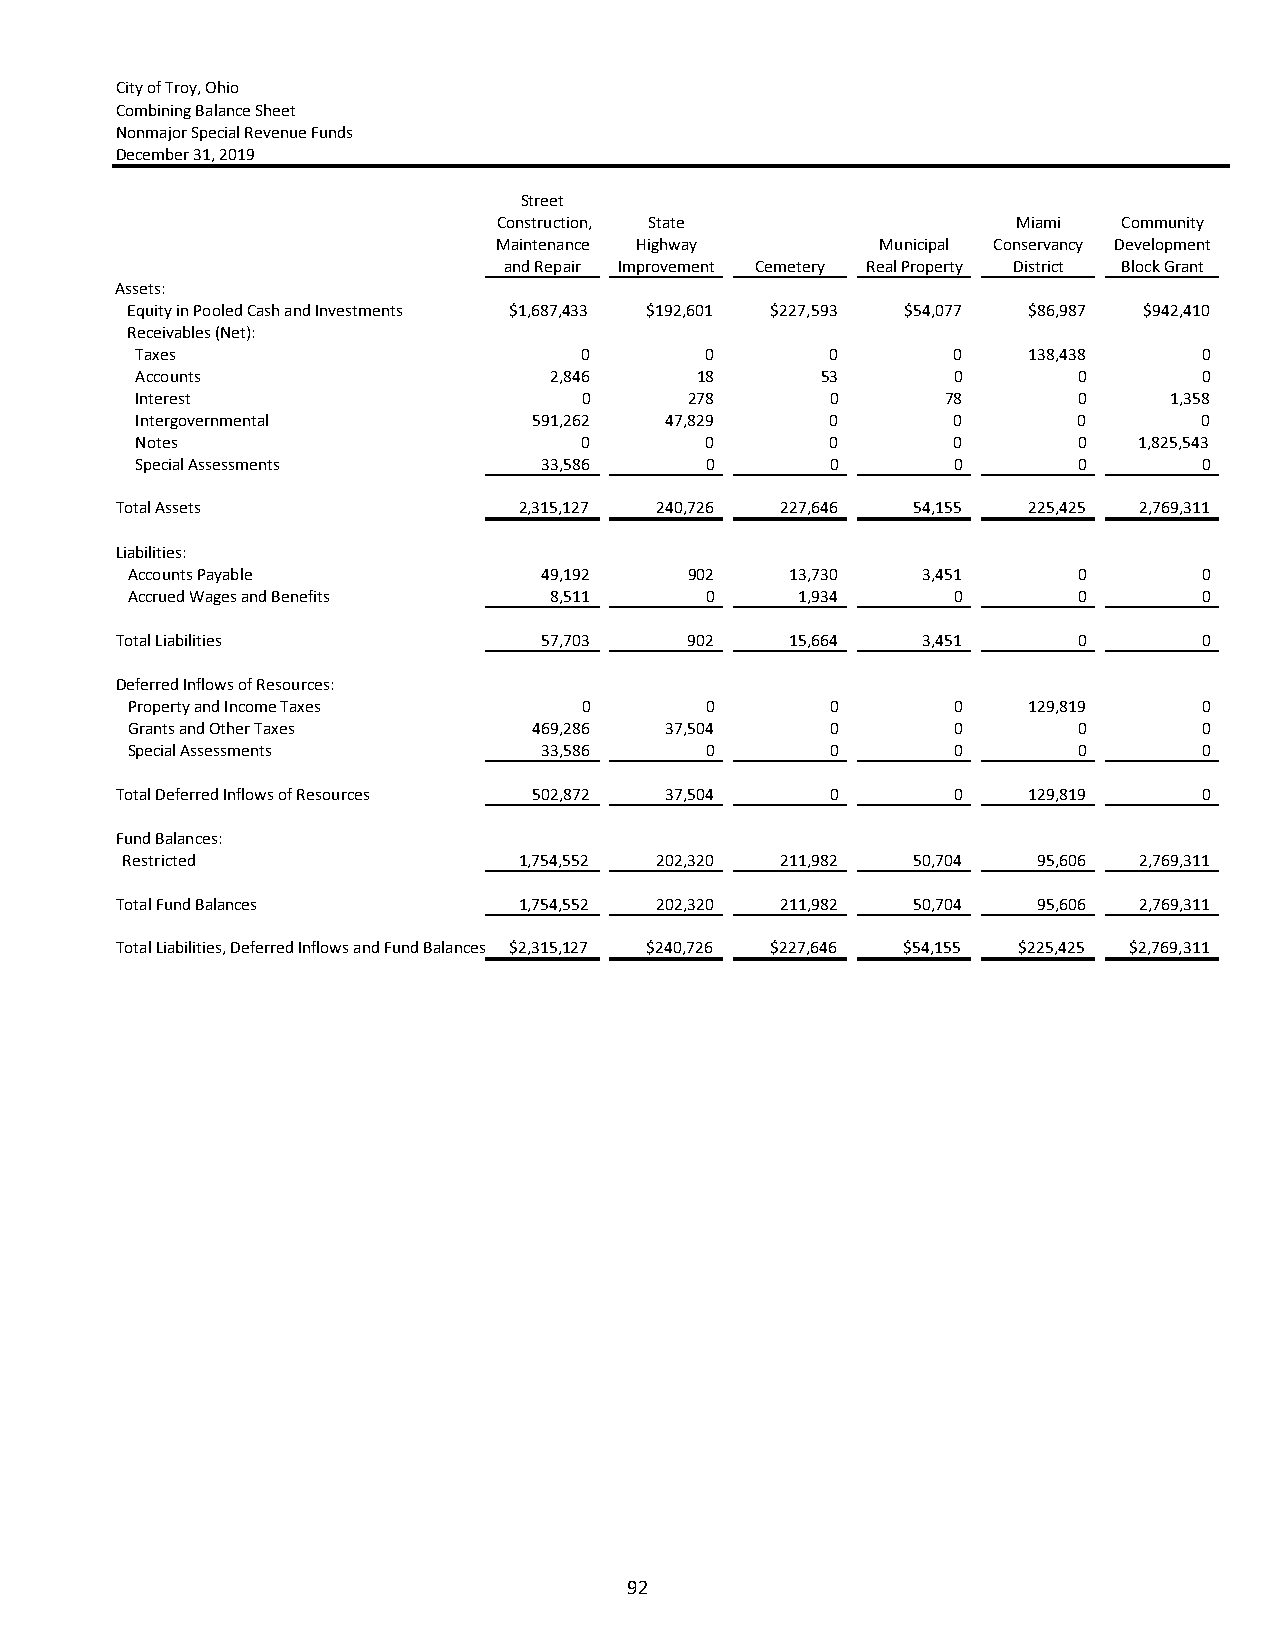
City of Troy, Ohio
 Combining Balance Sheet
 Nonmajor Special Revenue Funds
 December 31, 2019
 Street
 Construction, State               Miami  Community
 Maintenance Highway      Municipal Conservancy Development
 and Repair Improvement Cemetery Real Property District Block Grant
 Assets:
 Equity in Pooled Cash and Investments $1,687,433 $192,601 $227,593 $54,077 $86,987 $942,410
 Receivables (Net):
 Taxes                        0        0       0       0    138,438     0
 Accounts                   2,846     18      53       0       0        0
 Interest                     0       278      0       78      0     1,358
 Intergovernmental         591,262  47,829     0       0       0        0
 Notes                        0        0       0       0       0   1,825,543
 Special Assessments        33,586     0       0       0       0        0
 Total Assets              2,315,127 240,726 227,646 54,155  225,425 2,769,311
 Liabilities:
 Accounts Payable            49,192    902   13,730   3,451     0        0
 Accrued Wages and Benefits  8,511      0     1,934     0       0        0
 Total Liabilities           57,703    902   15,664   3,451     0        0
 Deferred Inflows of Resources:
 Property and Income Taxes      0       0       0       0    129,819     0
 Grants and Other Taxes     469,286  37,504     0       0       0        0
 Special Assessments         33,586     0       0       0       0        0
 Total Deferred Inflows of Resources 502,872 37,504 0   0    129,819     0
 Fund Balances:
 Restricted                1,754,552 202,320 211,982 50,704   95,606 2,769,311
 Total Fund Balances       1,754,552 202,320 211,982 50,704   95,606 2,769,311
 Total Liabilities, Deferred Inflows and Fund Balances $2,315,127 $240,726 $227,646 $54,155 $225,425 $2,769,311
 92